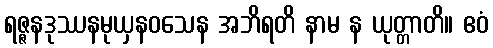
ရဇ္ဇနဒုဿနမုယှနဝသေန အဘိရတိ နာမ န ယုတ္တာတိ။ ဧဝံ